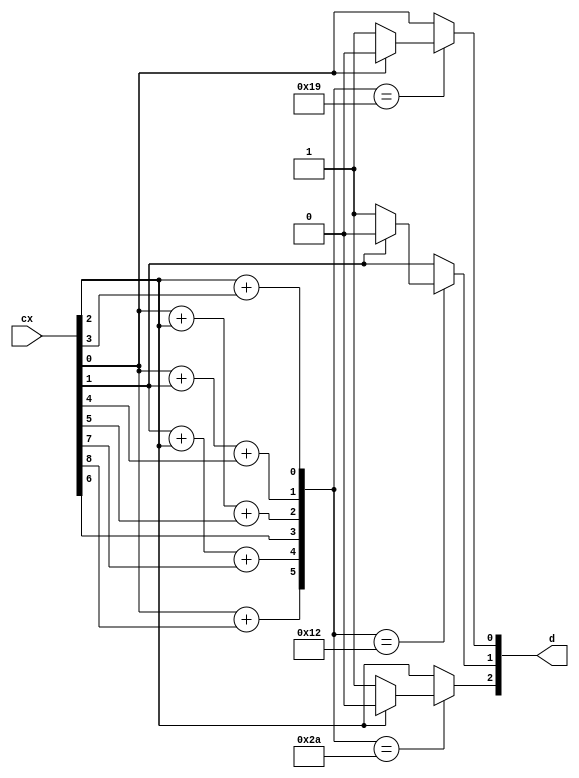
module decoder (cx,d);
	output [2:0] d;

	input [8:0] cx;

	reg [2:0] d;
	reg [5:0] s;
	reg [8:0] cx1;


	parameter s0 = 6'b011001;
	parameter s1 = 6'b010010;
	parameter s2 = 6'b101010;
	parameter s3 = 6'b100000;
	parameter s4 = 6'b010000;
	parameter s5 = 6'b001000;
	parameter s6 = 6'b000100;
	parameter s7 = 6'b000010;
	parameter s8 = 6'b000001;


	always @(cx)
	begin
		cx1[0] = cx[0];
		cx1[1] = cx[1];
		cx1[2] = cx[2];
		cx1[3] = cx[3];
		cx1[4] = cx[4];
		cx1[5] = cx[5];
		cx1[6] = cx[6];
		cx1[7] = cx[7];
		cx1[8] = cx[8];
		s[0]= cx[2]+ cx[3];
		s[1]= cx[0]+ cx[1]+ cx[4];
		s[2]= cx[0]+ cx[2]+ cx[5];
		s[3]= cx[6];
		s[4]= cx[1]+ cx[2]+ cx[7];
		s[5]= cx[0]+ cx[8];



		case(s)
			s0:
				begin
					if(cx[0]==1'b0)
					begin
						cx1[0]=1'b1;
					end
					else
					begin
						cx1[0]=1'b0;
					end
				end
			s1:
				begin
					if(cx[1]==1'b0)
					begin
						cx1[1]=1'b1;
					end
					else
					begin
						cx1[1]=1'b0;
					end
				end
			s2:
				begin
					if(cx[2]==1'b0)
					begin
						cx1[2]=1'b1;
					end
					else
					begin
						cx1[2]=1'b0;
					end
				end
			s3:
				begin
					if(cx[3]==1'b0)
					begin
						cx1[3]=1'b1;
					end
					else
					begin
						cx1[3]=1'b0;
					end
				end
			s4:
				begin
					if(cx[4]==1'b0)
					begin
						cx1[4]=1'b1;
					end
					else
					begin
						cx1[4]=1'b0;
					end
				end
			s5:
				begin
					if(cx[5]==1'b0)
					begin
						cx1[5]=1'b1;
					end
					else
					begin
						cx1[5]=1'b0;
					end
				end
			s6:
				begin
					if(cx[6]==1'b0)
					begin
						cx1[6]=1'b1;
					end
					else
					begin
						cx1[6]=1'b0;
					end
				end
			s7:
				begin
					if(cx[7]==1'b0)
					begin
						cx1[7]=1'b1;
					end
					else
					begin
						cx1[7]=1'b0;
					end
				end
			s8:
				begin
					if(cx[8]==1'b0)
					begin
						cx1[8]=1'b1;
					end
					else
					begin
						cx1[8]=1'b0;
					end
				end
			default:
				begin
					cx1[0]=cx[0];
					cx1[1]=cx[1];
					cx1[2]=cx[2];
					cx1[3]=cx[3];
					cx1[4]=cx[4];
					cx1[5]=cx[5];
					cx1[6]=cx[6];
					cx1[7]=cx[7];
					cx1[8]=cx[8];
				end
		endcase
		d[0] = cx1[0];
		d[1] = cx1[1];
		d[2] = cx1[2];
	end
endmodule